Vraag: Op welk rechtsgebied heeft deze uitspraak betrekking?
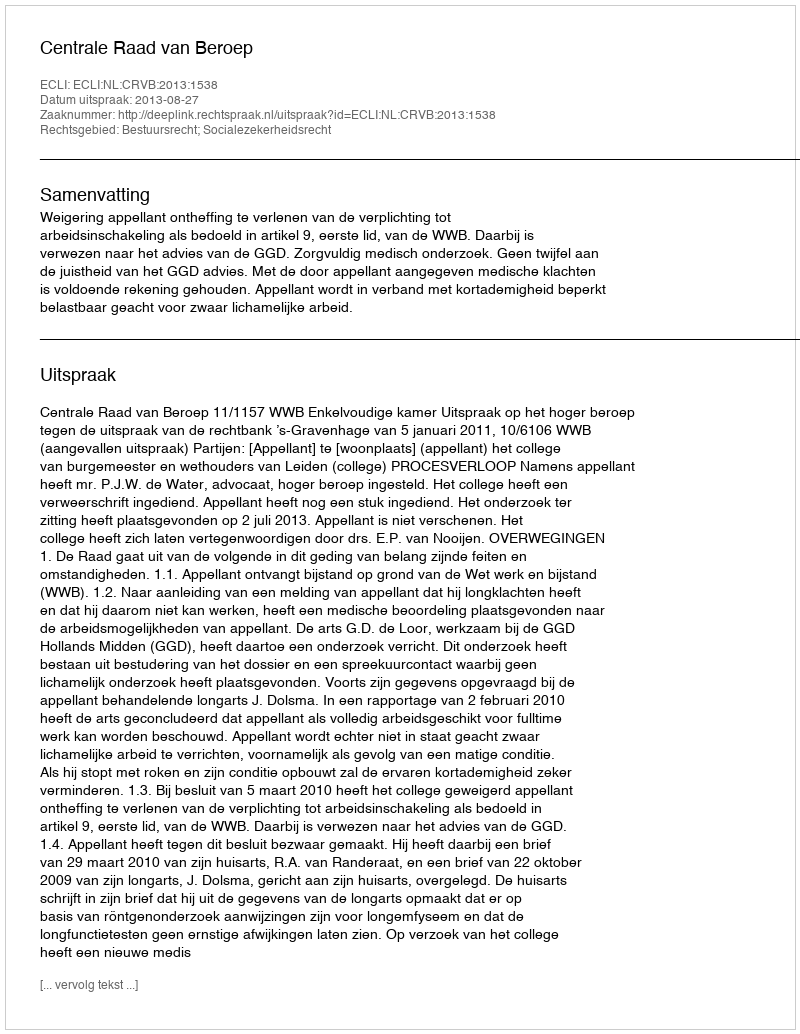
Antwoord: Bestuursrecht; Socialezekerheidsrecht